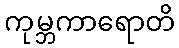
ကုမ္ဘကာရောတိ